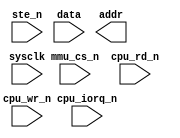
module hc21_mmu (
	sysclk,
	cpu_iorq_n,
	ste_n,
	mmu_cs_n,
	cpu_rd_n,
	cpu_wr_n,
	data,
	addr
);

	input sysclk;
	input cpu_iorq_n;
	input ste_n;
	input mmu_cs_n;
	input cpu_rd_n;
	input cpu_wr_n;
	input [7:0] data;
	output [19:16] addr;

	always @(posedge sysclk)
	begin
		// TODO: Make MMU to MMU stuff	
	end

endmodule